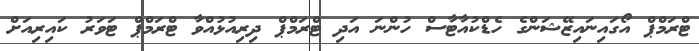
ޓްރަމްޕް އޯގައިނައިޒޭޝަންގެ ހެޑްކުއާޓާސް ހުންނަ އަދި ޓްރަމްޕް ދިރިއުޅުއްވާ ޓްރަމްޕް ޓަވަރު ކައިރިއަށް